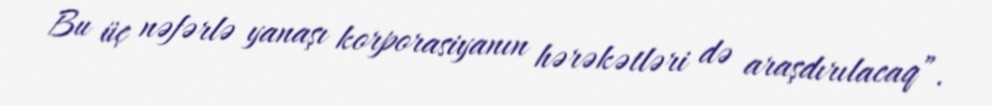
Bu üç nəfərlə yanaşı korporasiyanın hərəkətləri də araşdırılacaq”.